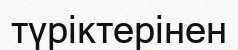
түріктерінен